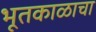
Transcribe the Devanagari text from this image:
भूतकाळाचा